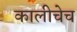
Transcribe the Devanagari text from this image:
कालीचेच